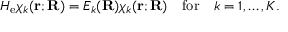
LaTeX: H _ { \mathrm { e } } \chi _ { k } ( \mathbf { r } ; \mathbf { R } ) = E _ { k } ( \mathbf { R } ) \chi _ { k } ( \mathbf { r } ; \mathbf { R } ) \quad { \mathrm { f o r } } \quad k = 1 , \ldots , K .